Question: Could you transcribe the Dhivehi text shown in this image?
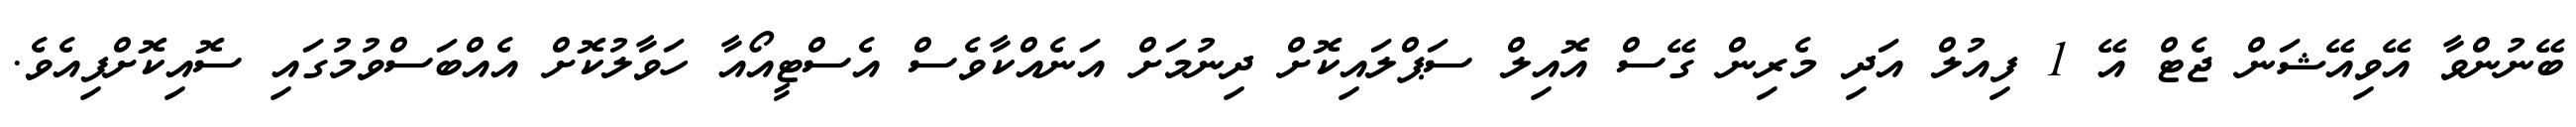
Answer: ބޭނުންވާ އޭވިއޭޝަން ޖެޓް އޭ 1 ފިއުލް އަދި މެރިން ގޭސް އޮއިލް ސަޕްލައިކޮށް ދިނުމަށް އަނެއްކާވެސް އެސްޓީއޯއާ ހަވާލުކޮށް އެއްބަސްވުމުގައި ސޮއިކޮށްފިއެވެ.